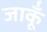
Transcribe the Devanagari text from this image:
जाकूँ